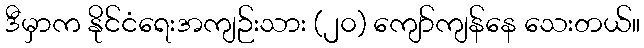
ဒီမှာက နိုင်ငံရေးအကျဉ်းသား (၂၀) ကျော်ကျန်နေ သေးတယ်။